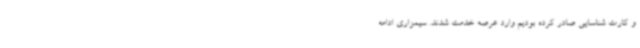
و کارت شناسایی صادر کرده بودیم وارد عرصه خدمت شدند. سیمزاری ادامه